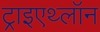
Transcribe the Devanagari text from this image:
ट्राइएथ्लॉन